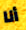
أنا